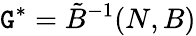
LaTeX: \mathtt{G}^{*}=\tilde{{B}}^{-1}(N,B)